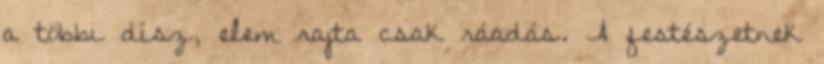
a többi dísz, elem rajta csak ráadás. A festészetnek